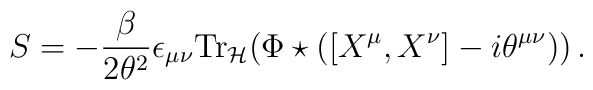
S = -\frac{\beta}{2\theta^2} \epsilon_{\mu\nu}{\mathrm{Tr}}_{{\cal H}}    (\Phi \star ([X^{\mu}, X^{\nu}] - i\theta^{\mu\nu}))\,.